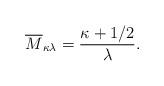
LaTeX: \begin{align*}\overline{M}_{\kappa\lambda} = \frac{\kappa+1/2}{\lambda}.\end{align*}